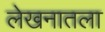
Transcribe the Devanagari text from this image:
लेखनातला